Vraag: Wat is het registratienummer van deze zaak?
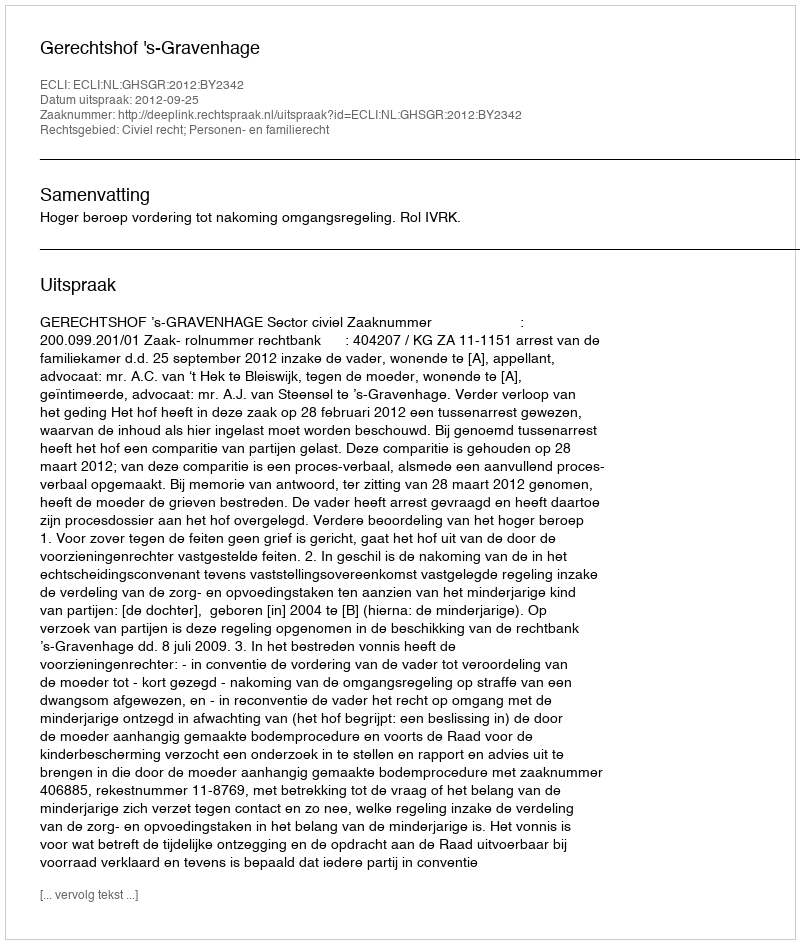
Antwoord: http://deeplink.rechtspraak.nl/uitspraak?id=ECLI:NL:GHSGR:2012:BY2342